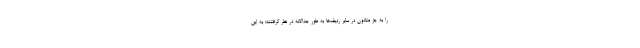
را به جز متادون در سایر ردیف‌ها به طور جداگانه در نظر گرفتند؛ به این